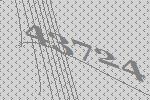
43724